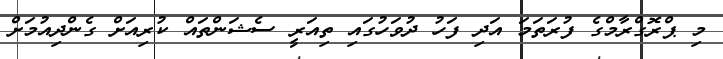
މި ޕްރޮގްރާމްގެ ފުރަތަމަ އަދި ފަހު ދުވަހުގައި ތިއަރީ ސެޝަންތައް ކުރިއަށް ގެންދިއުމަށް